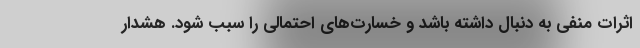
اثرات منفی به دنبال داشته باشد و خسارت‌های احتمالی را سبب شود. هشدار